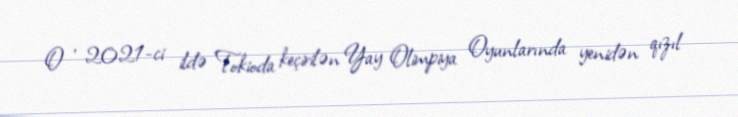
O , 2021-ci ildə Tokioda keçirilən Yay Olimpiya Oyunlarında yenidən qızıl